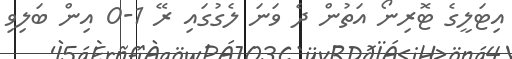
އިޓަލީގެ ޓޮރިނޯ އަތުން ދެ ވަނަ ލެގުގައި ރޭ 1-0 އިން ބަލިވި